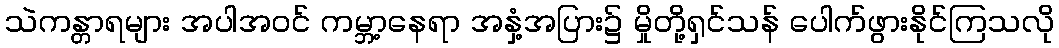
သဲကန္တာရများ အပါအဝင် ကမ္ဘာ့နေရာ အနှံ့အပြား၌ မှိုတို့ရှင်သန် ပေါက်ဖွားနိုင်ကြသလို